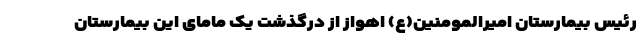
رئیس بیمارستان امیرالمومنین(ع) اهواز از درگذشت یک مامای این بیمارستان